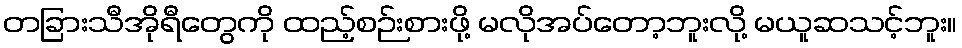
တခြားသီအိုရီတွေကို ထည့်စဉ်းစားဖို့ မလိုအပ်တော့ဘူးလို့ မယူဆသင့်ဘူး။